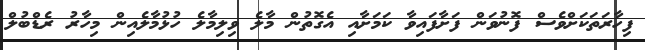
ފިހާރަތަކަށްވެސް ފޮނުވަން ފަށާފައިވާ ކަމަށާއި އެގޮތުން މާލެ ވިލިމާލެ ހުޅުމާލެއިން މިހާރު ރެޑްބުލް